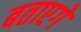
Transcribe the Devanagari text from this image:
बताएगें